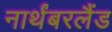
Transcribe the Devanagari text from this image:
नार्थंबरलैंड